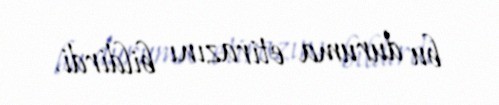
bu duruma etirazını bildirdi.